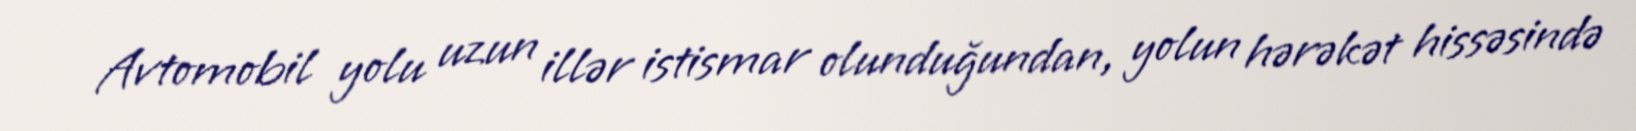
Avtomobil yolu uzun illər istismar olunduğundan, yolun hərəkət hissəsində